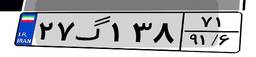
۲۷گ۱۳۸۷۱